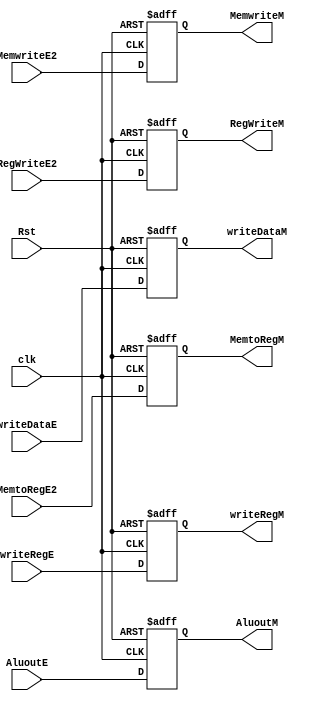
module stage3(
    input [31:0] AluoutE,
    input [31:0] writeDataE,
    input [4:0]  writeRegE,
    input       clk, RegWriteE2, MemtoRegE2, MemwriteE2,Rst, 
    output reg [31:0] AluoutM,
    output reg [31:0] writeDataM,
    output reg [4:0]  writeRegM,
    output reg RegWriteM, MemtoRegM, MemwriteM
);

always @(posedge clk,negedge Rst) begin
    if (!Rst)
    begin
    AluoutM    <= 32'd0;
    writeDataM <= 32'd0;
    writeRegM  <= 5'd0;
    RegWriteM  <= 1'b0;
    MemtoRegM  <= 1'b0;
    MemwriteM  <= 1'b0;
  end

else begin
    AluoutM <= AluoutE;
    writeDataM <= writeDataE;
    writeRegM  <= writeRegE;
    RegWriteM  <= RegWriteE2;
    MemtoRegM  <= MemtoRegE2;
    MemwriteM  <= MemwriteE2;  
end
end

endmodule